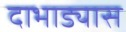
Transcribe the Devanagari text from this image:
दाभाड्यास